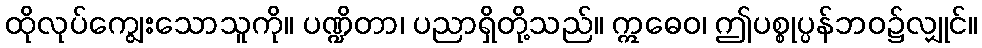
ထိုလုပ်ကျွေးသောသူကို။ ပဏ္ဍိတာ၊ ပညာရှိတို့သည်။ ဣဓေဝ၊ ဤပစ္စုပ္ပန်ဘဝ၌လျှုင်။